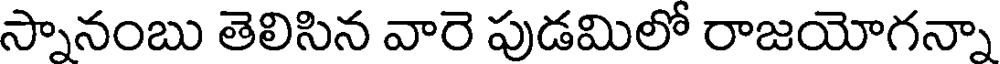
స్నానంబు తెలిసిన వారె పుడమిలో రాజయోగన్నా